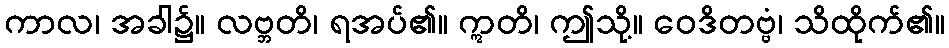
ကာလ၊ အခါ၌။ လဗ္ဘတိ၊ ရအပ်၏။ ဣတိ၊ ဤသို့။ ဝေဒိတဗ္ဗံ၊ သိထိုက်၏။